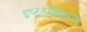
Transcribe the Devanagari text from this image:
इष्‍टतमीकरण